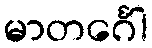
မာတင်္ဂေါ